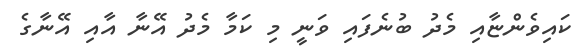
ކައިވެންޏާއި މެދު ބުނެފައި ވަނީ މި ކަމާ މެދު އޭނާ އާއި އޭނާގެ